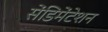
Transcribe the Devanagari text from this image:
सेंडिमेंटेशन